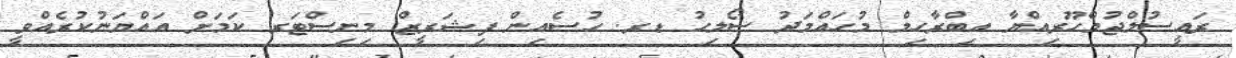
ރައީސުލްޖުމްހޫރިއްޔާ އިބްރާހިމް މުހައްމަދު ސޯލިހު ޑރ. ހުސެއިން ފިޝަރީޒް މިނިސްޓަރ ކަމަށް އައްޔަނުކުރެއްވީ